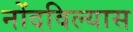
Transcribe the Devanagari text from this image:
नोंदविल्यास